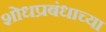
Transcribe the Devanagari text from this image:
शोधप्रबंधाच्या